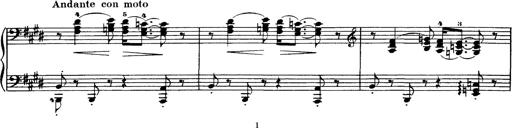
Title: Hungarian Rhapsody No.1
Composer: Franz Liszt
Key: C-sharp minor